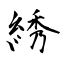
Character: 綉